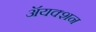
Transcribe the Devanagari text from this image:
ॲयक्शन